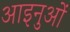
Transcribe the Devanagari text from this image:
आइनुओं